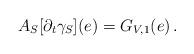
LaTeX: \begin{align*}A_{S} [\partial_{t} \gamma_{S}](e) = G_{V,1}(e) \, .\end{align*}